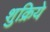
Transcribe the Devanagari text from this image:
शुक्रिये